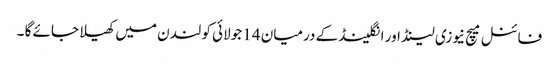
فائنل میچ نیوزی لینڈ اور انگلینڈ کے درمیان 14 جولائی کو لندن میں کھیلا جائے گا ۔